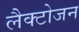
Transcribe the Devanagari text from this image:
लैक्टोजन